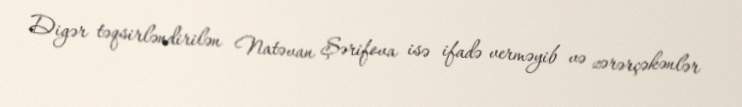
Digər təqsirləndirilən Natəvan Şərifova isə ifadə verməyib və zərərçəkənlər